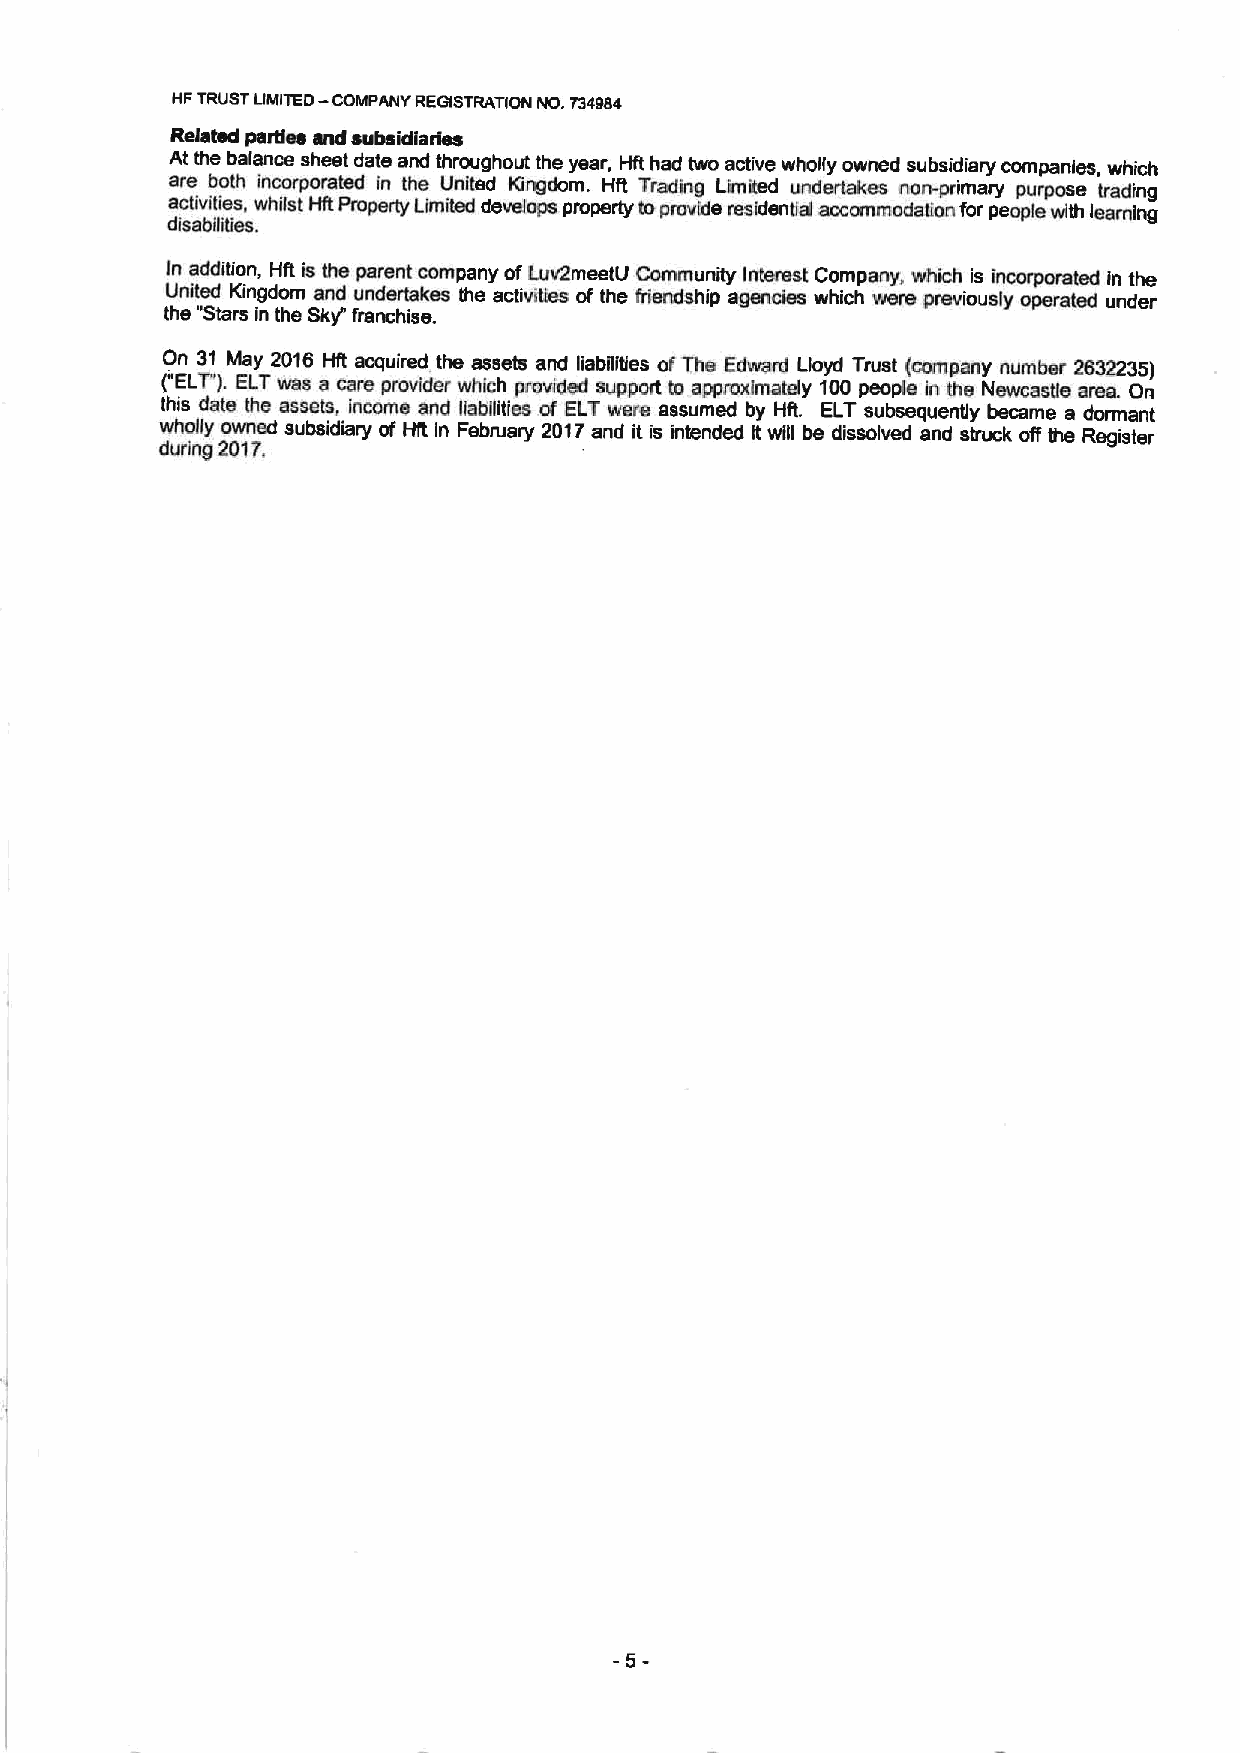
NP TRUST UMITED — COMPANY REGISTRATION NO. T34$B4
 Related psrdes and subsidiaries
 At the balance sheet date and throughout the year, Hft had two active wholly owned subsidiary companies, which
 are both incorporated In the United Kingdom. Hft Trading Umited undertakes non-primary purpose trading
 activiges, whitst Hk Property Limited develops pmperty toprovide resktentlal accommodation for people with learning
 disabilities,
 In addition Hft is the parent company ofLuv2meetU Community Intmast Company which is incorporated in the
 United Kingdom and undertakes the activities of the friendship agencies which were previously operated under
 the "Stars in the Sky"franchise.
 On 31 May 2016 Hit acquired the assets and liabiliaes ofThe Edward Lloyd Trust (company number 2832235)
 ("ELT').ELTwss a care provider which provided support to approximately 100peopkr in the Newcastle area on
 this date the assets, income and liabilities of ELT were assumed by HR. ELT subsequently became a dormant
 wholly owned subsidiary of Hft In February 2017and it is intended it will be dissolved and struck off the Register
 during 2017,
 5-